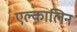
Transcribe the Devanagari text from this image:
एल्कालिन